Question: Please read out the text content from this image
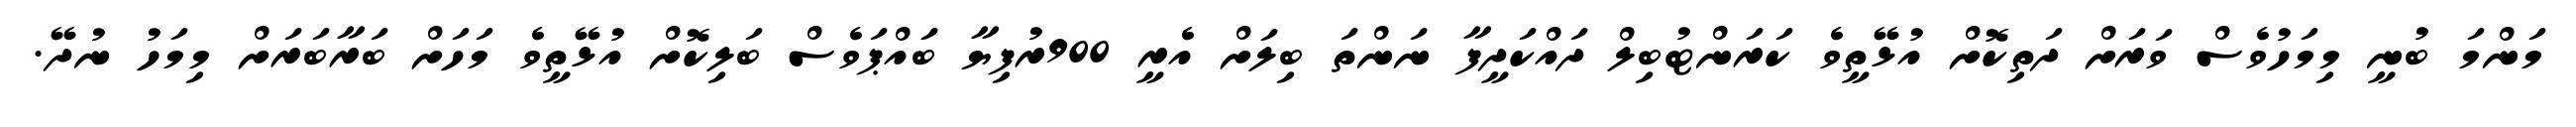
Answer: މަންމަ ބުނީ މިމަހުވެސް ވަރަށް ދަތިކޮށް އުޅޭތީވެ ކަރަންޓުބިލް ދައްކަދީފާ ނަންތަ ބިލަށް އެރީ 900ރުފިޔާ ބަައްޕަވެސް ބަލިކޮށް އުޅޭތީވެ މަހަށް ބަރާބަރަށް މިމަހު ނުދޭ.